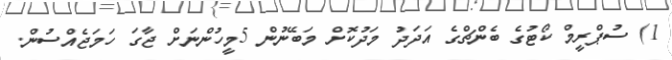
1) ސުޕްރީމް ކޯޓުގެ ބެންޗްގެ އަދަދު މަދުކޮށް މަބޭނުން 5މީހުންނަށް ޖާގަ ހަމަޖެއްސުން.